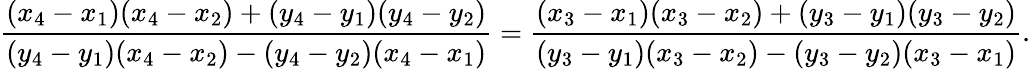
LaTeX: {\frac{(x_{4}-x_{1})(x_{4}-x_{2})+(y_{4}-y_{1})(y_{4}-y_{2})}{(y_{4}-y_{1})(x_{4}-x_{2})-(y_{4}-y_{2})(x_{4}-x_{1})}}={\frac{(x_{3}-x_{1})(x_{3}-x_{2})+(y_{3}-y_{1})(y_{3}-y_{2})}{(y_{3}-y_{1})(x_{3}-x_{2})-(y_{3}-y_{2})(x_{3}-x_{1})}}.